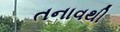
તનાવથી